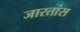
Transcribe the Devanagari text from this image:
जारतांस